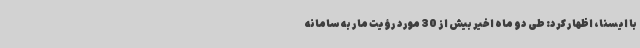
با ایسنا، اظهار کرد: طی دو ماه اخیر بیش از 30 مورد رؤیت مار به سامانه